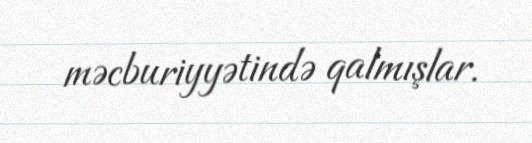
məcburiyyətində qalmışlar.